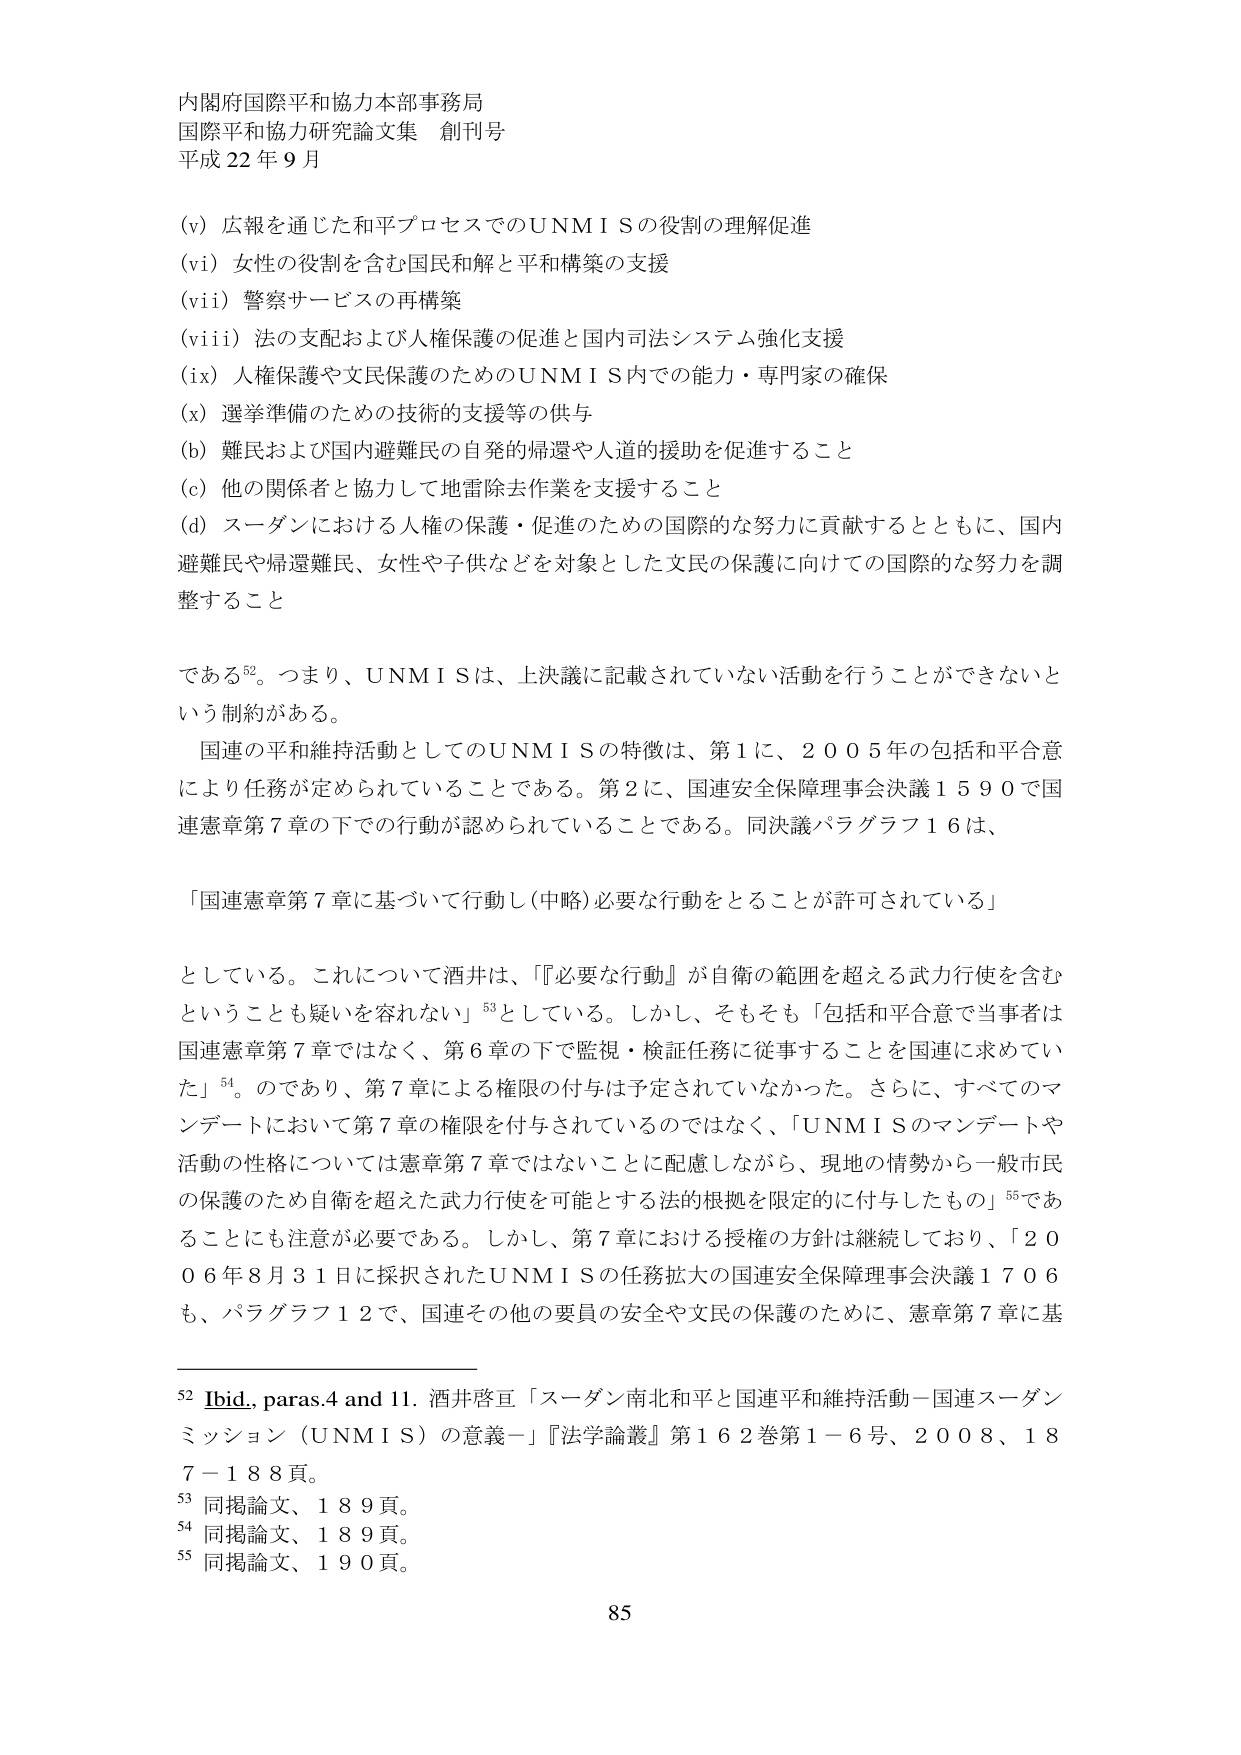
内閣府国際平和協力本部事務局
国際平和協力研究論文集 創刊号
平成22年9月

(v) 広報を通じた和平プロセスでのUNMISの役割の理解促進
(vi) 女性の役割を含む国民和解と平和構築の支援
(vii) 警察サービスの再構築
(viii) 法の支配および人権保護の促進と国内司法システム強化支援
(ix) 人権保護や文民保護のためのUNMIS内での能力・専門家の確保
(x) 選挙準備のための技術的支援等の供与
(b) 難民および国内避難民の自発的帰還や人道的援助を促進すること
(c) 他の関係者と協力して地雷除去作業を支援すること
(d) スーダンにおける人権の保護・促進のための国際的な努力に貢献するとともに、国内避難民や帰還難民、女性や子供などを対象とした文民の保護に向けての国際的な努力を調整すること

である⁵²。つまり、UNMISは、上決議に記載されていない活動を行うことができないという制約がある。

国連の平和維持活動としてのUNMISの特徴は、第1に、2005年の包括和平合意により任務が定められていることである。第2に、国連安全保障理事会決議1590で国連憲章第7章の下での行動が認められていることである。同決議パラグラフ16は、

「国連憲章第7章に基づいて行動し（中略）必要な行動をとることが許可されている」

としている。これについて酒井は、「『必要な行動』が自衛の範囲を超える武力行使を含むということも疑いを容れない」⁵³としている。しかし、そもそも「包括和平合意で当事者は国連憲章第7章ではなく、第6章の下で監視・検証任務に従事することを国連に求めている」⁵⁴。のであり、第7章による権限の付与は予定されていなかった。さらに、すべてのマンデートにおいて第7章の権限を付与されているのではなく、「UNMISのマンデートや活動の性格については憲章第7章ではないことに配慮しながら、現地の情勢から一般市民の保護のため自衛を超えた武力行使を可能とする法的根拠を限定的に付与したもの」⁵⁵であることに注意が必要である。しかし、第7章における授権の方針は継続しており、「2006年8月31日に採択されたUNMISの任務拡大の国連安全保障理事会決議1706も、パラグラフ12で、国連その他の要員の安全や文民の保護のために、憲章第7章に基

⁵² Ibid., paras.4 and 11. 酒井啓亘「スーダン南北和平と国連平和維持活動－国連スーダンミッション（UNMIS）の意義－」『法学論叢』第162巻第1－6号、2008、187－188頁。
⁵³ 同掲論文、189頁。
⁵⁴ 同掲論文、189頁。
⁵⁵ 同掲論文、190頁。

85